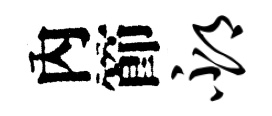
內節邳